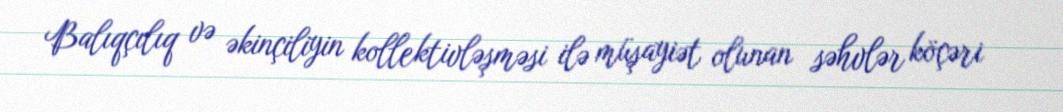
Balıqçılıq və əkinçiliyin kollektivləşməsi ilə müşayiət olunan səhvlər köçəri